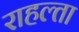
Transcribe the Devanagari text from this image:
राहल्ता